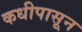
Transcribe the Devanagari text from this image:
कधीपासून